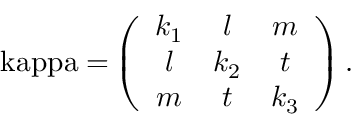
\mathrm { \ k a p p a = } \left( \begin{array} { c c c } { { k _ { 1 } } } & { { l } } & { { m } } \\ { { l } } & { { k _ { 2 } } } & { { t } } \\ { { m } } & { { t } } & { { k _ { 3 } } } \end{array} \right) .